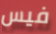
فيس